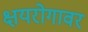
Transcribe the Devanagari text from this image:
क्षयरोगावर